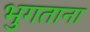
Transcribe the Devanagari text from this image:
भुगताना